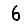
Digit: 6